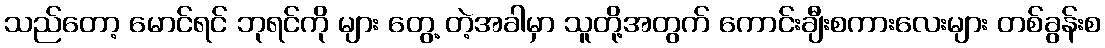
သည်တော့ မောင်ရင် ဘုရင်ကို များ တွေ့ တဲ့အခါမှာ သူတို့အတွက် ကောင်းချီးစကားလေးများ တစ်ခွန်းစ